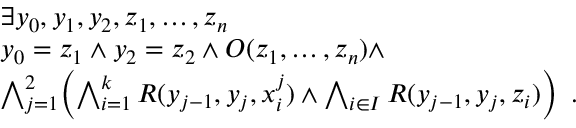
\begin{array} { r l } & { \exists y _ { 0 } , y _ { 1 } , y _ { 2 } , z _ { 1 } , \dotsc , z _ { n } } \\ & { y _ { 0 } = z _ { 1 } \wedge y _ { 2 } = z _ { 2 } \wedge O ( z _ { 1 } , \dotsc , z _ { n } ) \wedge } \\ & { \bigwedge _ { j = 1 } ^ { 2 } \biggl ( \bigwedge _ { i = 1 } ^ { k } R ( y _ { j - 1 } , y _ { j } , x _ { i } ^ { j } ) \wedge \bigwedge _ { i \in I } R ( y _ { j - 1 } , y _ { j } , z _ { i } ) \biggr ) \enspace . } \end{array}